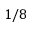
1 / 8